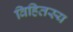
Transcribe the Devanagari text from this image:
विहितस्य